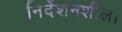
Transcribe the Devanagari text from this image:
निर्देशनशील।